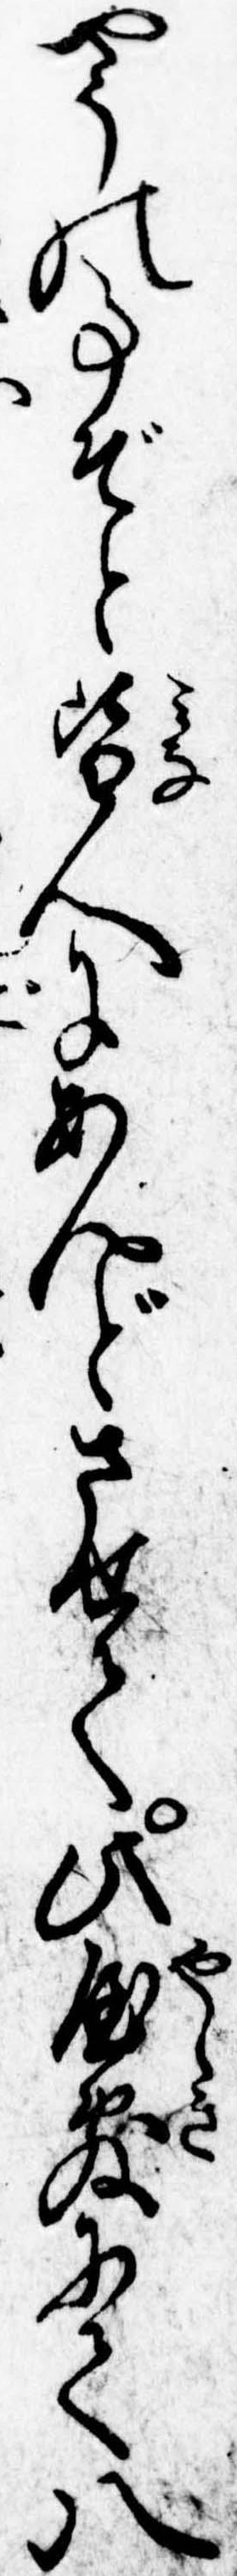
やうの事ぞと皆人にあんどさせて此屋敷にて八